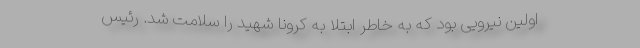
اولین نیرویی بود که به خاطر ابتلا به کرونا شهید را سلامت شد. رئیس